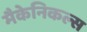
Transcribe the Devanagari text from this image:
मैकेनिकल्स